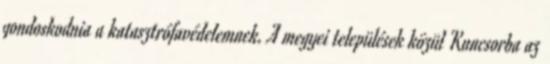
gondoskodnia a katasztrófavédelemnek. A megyei települések közül Kuncsorba az